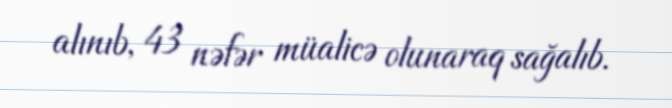
alınıb, 43 nəfər müalicə olunaraq sağalıb.